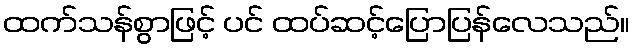
ထက်သန်စွာဖြင့် ပင် ထပ်ဆင့်ပြောပြန်လေသည်။